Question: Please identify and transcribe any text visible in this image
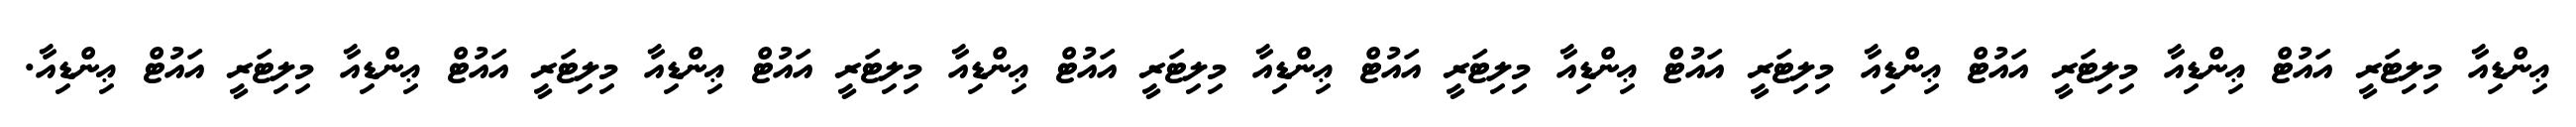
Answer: ޢިންޑިއާ މިލިޓަރީ އައުޓް ޢިންޑިއާ މިލިޓަރީ އައުޓް ޢިންޑިއާ މިލިޓަރީ އައުޓް ޢިންޑިއާ މިލިޓަރީ އައުޓް ޢިންޑިއާ މިލިޓަރީ އައުޓް ޢިންޑިއާ މިލިޓަރީ އައުޓް ޢިންޑިއާ މިލިޓަރީ އައުޓް ޢިންޑިއާ މިލިޓަރީ އައުޓް ޢިންޑިއާ.